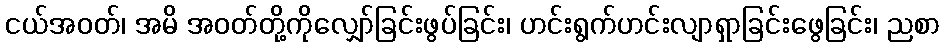
ငယ်အဝတ်၊ အမိ အဝတ်တို့ကိုလျှော်ခြင်းဖွပ်ခြင်း၊ ဟင်းရွက်ဟင်းလျာရှာခြင်းဖွေခြင်း၊ ညစာ